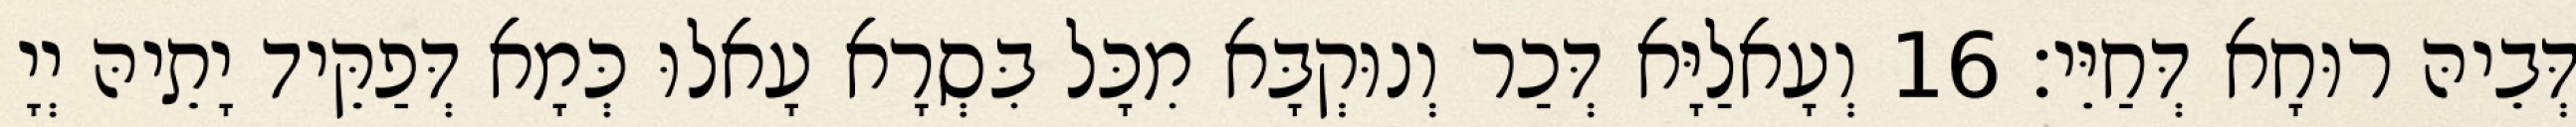
דְּבֵיהּ רוּחָא דְּחַיֵּי׃ 16 וְעָאלַיָּא דְּכַר וְנוּקְבָּא מִכָּל בִּסְרָא עָאלוּ כְּמָא דְּפַקֵּיד יָתֵיהּ יְיָ